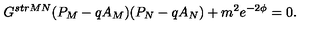
G ^ { s t r M N } ( P _ { M } - q A _ { M } ) ( P _ { N } - q A _ { N } ) + m ^ { 2 } e ^ { - 2 \phi } = 0 .